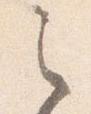
之